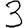
Digit: 3